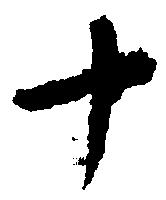
十